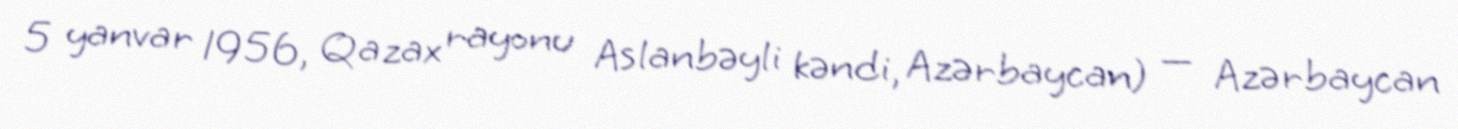
5 yanvar 1956, Qazax rayonu Aslanbəyli kəndi, Azərbaycan) — Azərbaycan